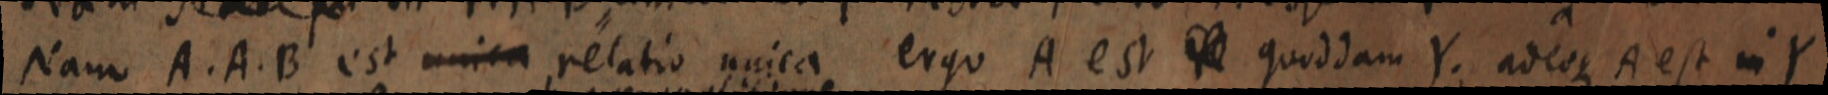
Nam A. A. B. est unica relatio unica ergo A est _ quoddam Y. adeoque A est in Y